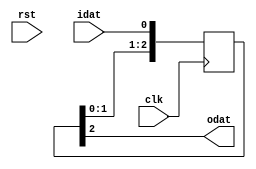
// Description  : .
////////////////////////////////////////////////////////////////////////////////

module ffxkclk
    (
     clk,
     rst,
     idat,
     odat
     );

////////////////////////////////////////////////////////////////////////////////
// Parameter declarations
parameter           K = 3;    //delay 3 clock cycle

////////////////////////////////////////////////////////////////////////////////
// Port declarations
input               clk,
                    rst;
input               idat;
output              odat;
  
////////////////////////////////////////////////////////////////////////////////
// Output declarations
wire                odat;

////////////////////////////////////////////////////////////////////////////////
// Local logic and instantiation
(* keep = "true" *) reg [K-1:0]         shift_dat = {K{1'b0}};
wire [K:0]          shift_in;
assign              shift_in = {shift_dat,idat};

always @ (posedge clk)
    begin
    shift_dat <= shift_in[K-1:0];
    end
assign odat = shift_dat[K-1];

endmodule